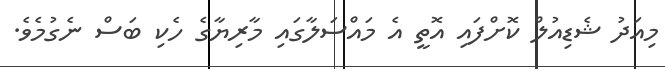
މިއަދު ޝެޑިއުލް ކޮށްފައި އޮތީ އެ މައްސަލާގައި މާރިޔާގެ ހެކި ބަސް ނެގުމެވެ.